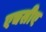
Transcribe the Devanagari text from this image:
एचसीए